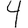
Digit: 4